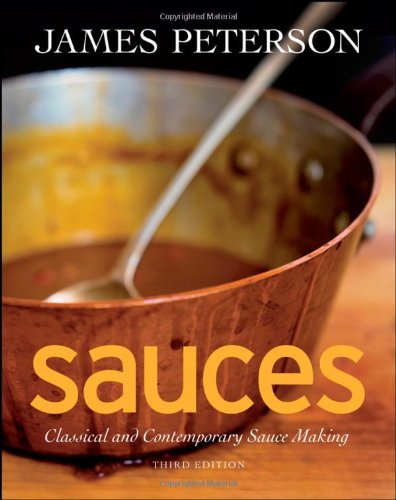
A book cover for Sauces: Classical and Contemporary Sauce Making, 3rd Edition; James Peterson; Cookbooks, Food & Wine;